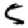
Digit: 5